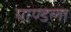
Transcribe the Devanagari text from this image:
पाण्डला